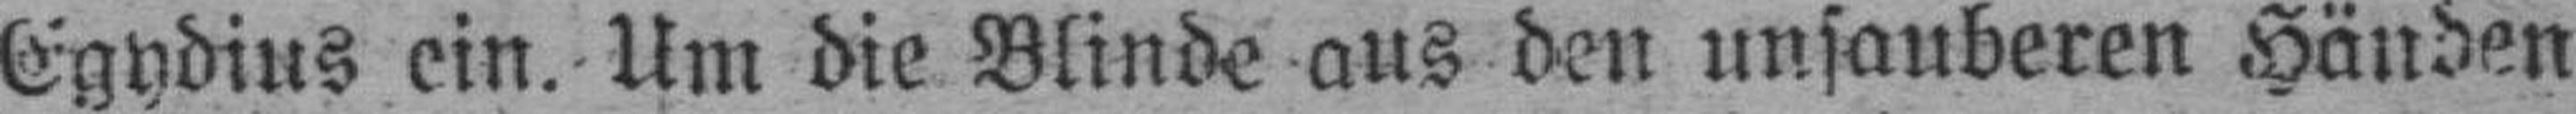
Egydius ein. Um die Blinde aus den unsauberen Händen